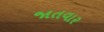
જાતવાર